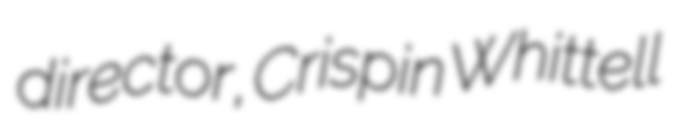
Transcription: director, Crispin Whittell